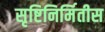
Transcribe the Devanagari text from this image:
सृष्टिनिर्मितीस